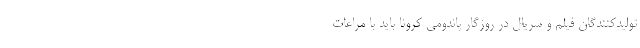
تولیدکنندگان فیلم و سریال در روزگار پاندومی کرونا باید با مراعات